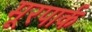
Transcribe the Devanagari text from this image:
मूरपार्क